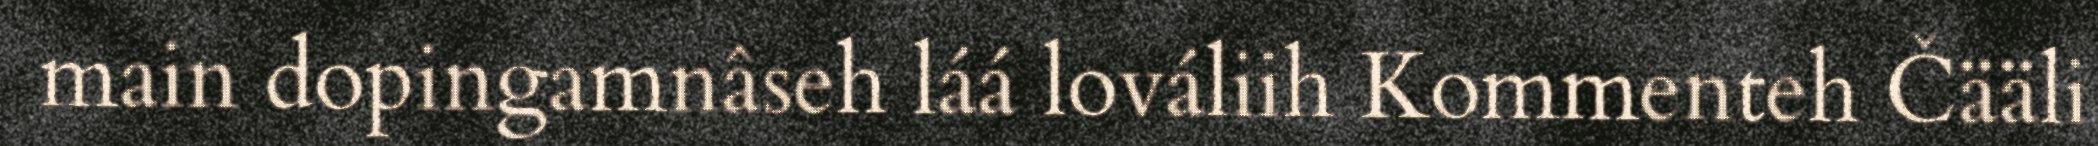
main dopingamnâseh láá lováliih Kommenteh Čääli